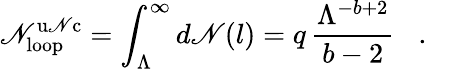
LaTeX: \mathscr{N}_{\mathrm{{loop}}}^{\mathrm{{u\mathscr{N}c}}}=\int_{\Lambda}^{\infty}d\mathscr{N}(l)=q\, \frac{{\Lambda^{-b+2}}}{{b-2}}\, \, \, \, \, .\, \, \, \, \,